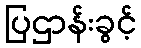
ပြဌာန်းခွင့်